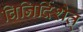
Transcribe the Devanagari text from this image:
विनिर्दिशेत्